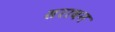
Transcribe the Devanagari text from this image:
सरावन